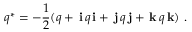
q ^ { * } = - { \frac { 1 } { 2 } } ( q + \, \mathbf { i } \, q \, \mathbf { i } + \, \mathbf { j } \, q \, \mathbf { j } + \, \mathbf { k } \, q \, \mathbf { k } ) ~ .